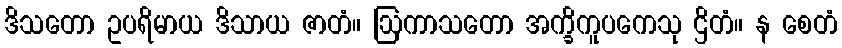
ဒိသတော ဥပရိမာယ ဒိသာယ ဇာတံ။ ဩကာသတော အက္ခိကူပကေသု ဌိတံ။ န စေတံ